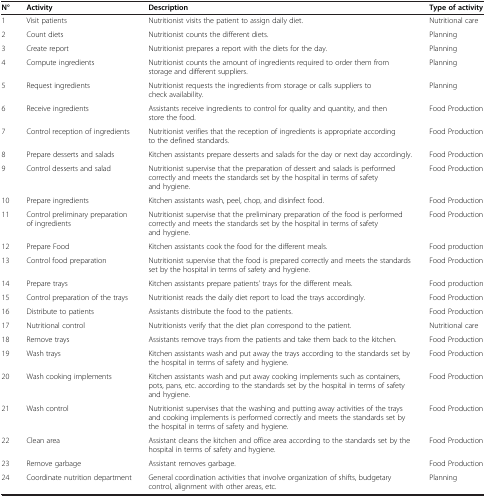
| N° | Activity | Description | Type of activity |
 | --- | --- | --- | --- |
 | 1 | Visit patients | Nutritionist visits the patient to assign daily diet. | Nutritional care |
 | 2 | Count diets | Nutritionist counts the different diets. | Planning |
 | 3 | Create report | Nutritionist prepares a report with the diets for the day. | Planning |
 | 4 | Compute ingredients | Nutritionist counts the amount of ingredients required to order them from storage and different suppliers. | Planning |
 | 5 | Request ingredients | Nutritionist requests the ingredients from storage or calls suppliers to check availability. | Planning |
 | 6 | Receive ingredients | Assistants receive ingredients to control for quality and quantity, and then store the food. | Food Production |
 | 7 | Control reception of ingredients | Nutritionist verifies that the reception of ingredients is appropriate according to the defined standards. | Food Production |
 | 8 | Prepare desserts and salads | Kitchen assistants prepare desserts and salads for the day or next day accordingly. | Food Production |
 | 9 | Control desserts and salad | Nutritionist supervise that the preparation of dessert and salads is performed correctly and meets the standards set by the hospital in terms of safety and hygiene. | Food Production |
 | 10 | Prepare ingredients | Kitchen assistants wash, peel, chop, and disinfect food. | Food Production |
 | 11 | Control preliminary preparation of ingredients | Nutritionist supervise that the preliminary preparation of the food is performed correctly and meets the standards set by the hospital in terms of safety and hygiene. | Food Production |
 | 12 | Prepare Food | Kitchen assistants cook the food for the different meals. | Food production |
 | 13 | Control food preparation | Nutritionist supervise that the food is prepared correctly and meets the standards set by the hospital in terms of safety and hygiene. | Food Production |
 | 14 | Prepare trays | Kitchen assistants prepare patients’ trays for the different meals. | Food production |
 | 15 | Control preparation of the trays | Nutritionist reads the daily diet report to load the trays accordingly. | Food Production |
 | 16 | Distribute to patients | Assistants distribute the food to the patients. | Food Production |
 | 17 | Nutritional control | Nutritionists verify that the diet plan correspond to the patient. | Nutritional care |
 | 18 | Remove trays | Assistants remove trays from the patients and take them back to the kitchen. | Food Production |
 | 19 | Wash trays | Kitchen assistants wash and put away the trays according to the standards set by the hospital in terms of safety and hygiene. | Food Production |
 | 20 | Wash cooking implements | Kitchen assistants wash and put away cooking implements such as containers, pots, pans, etc. according to the standards set by the hospital in terms of safety and hygiene. | Food Production |
 | 21 | Wash control | Nutritionist supervises that the washing and putting away activities of the trays and cooking implements is performed correctly and meets the standards set by the hospital in terms of safety and hygiene. | Food Production |
 | 22 | Clean area | Assistant cleans the kitchen and office area according to the standards set by the hospital in terms of safety and hygiene. | Food Production |
 | 23 | Remove garbage | Assistant removes garbage. | Food Production |
 | 24 | Coordinate nutrition department | General coordination activities that involve organization of shifts, budgetary control, alignment with other areas, etc. | Planning |